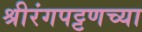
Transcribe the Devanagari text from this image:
श्रीरंगपट्टणच्या